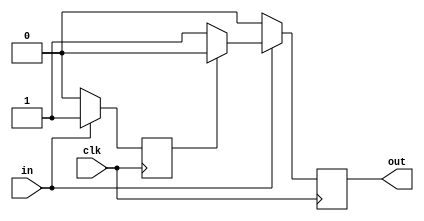
`timescale 1ns / 1ps
//////////////////////////////////////////////////////////////////////////////////
// Company: 
// Engineer: 
// 
// Design Name: 
// Module Name: singlePulser
// Project Name: 
// Target Devices: 
// Tool Versions: 
// Description: 
// 
// Dependencies: 
// 
// Revision:
// Revision 0.01 - File Created
// Additional Comments:
// 
//////////////////////////////////////////////////////////////////////////////////

// 0 is down, 1 is up
module singlePulser(
    output reg out = 0,
    input in,
    input clk
    );
    
reg hold = 0;   

always @ (posedge clk)
begin
    if(in == 1) begin
        if(hold == 0) begin
            out = 1;
            hold = 1;
        end else out = 0;
    end else begin 
        hold = 0;
        out = 0;
    end
end

endmodule